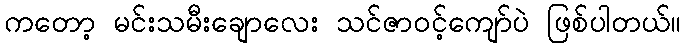
ကတော့ မင်းသမီးချောလေး သင်ဇာဝင့်ကျော်ပဲ ဖြစ်ပါတယ်။